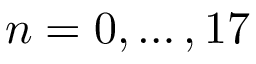
n = 0 , \ldots , 1 7